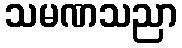
သမဏသညာ